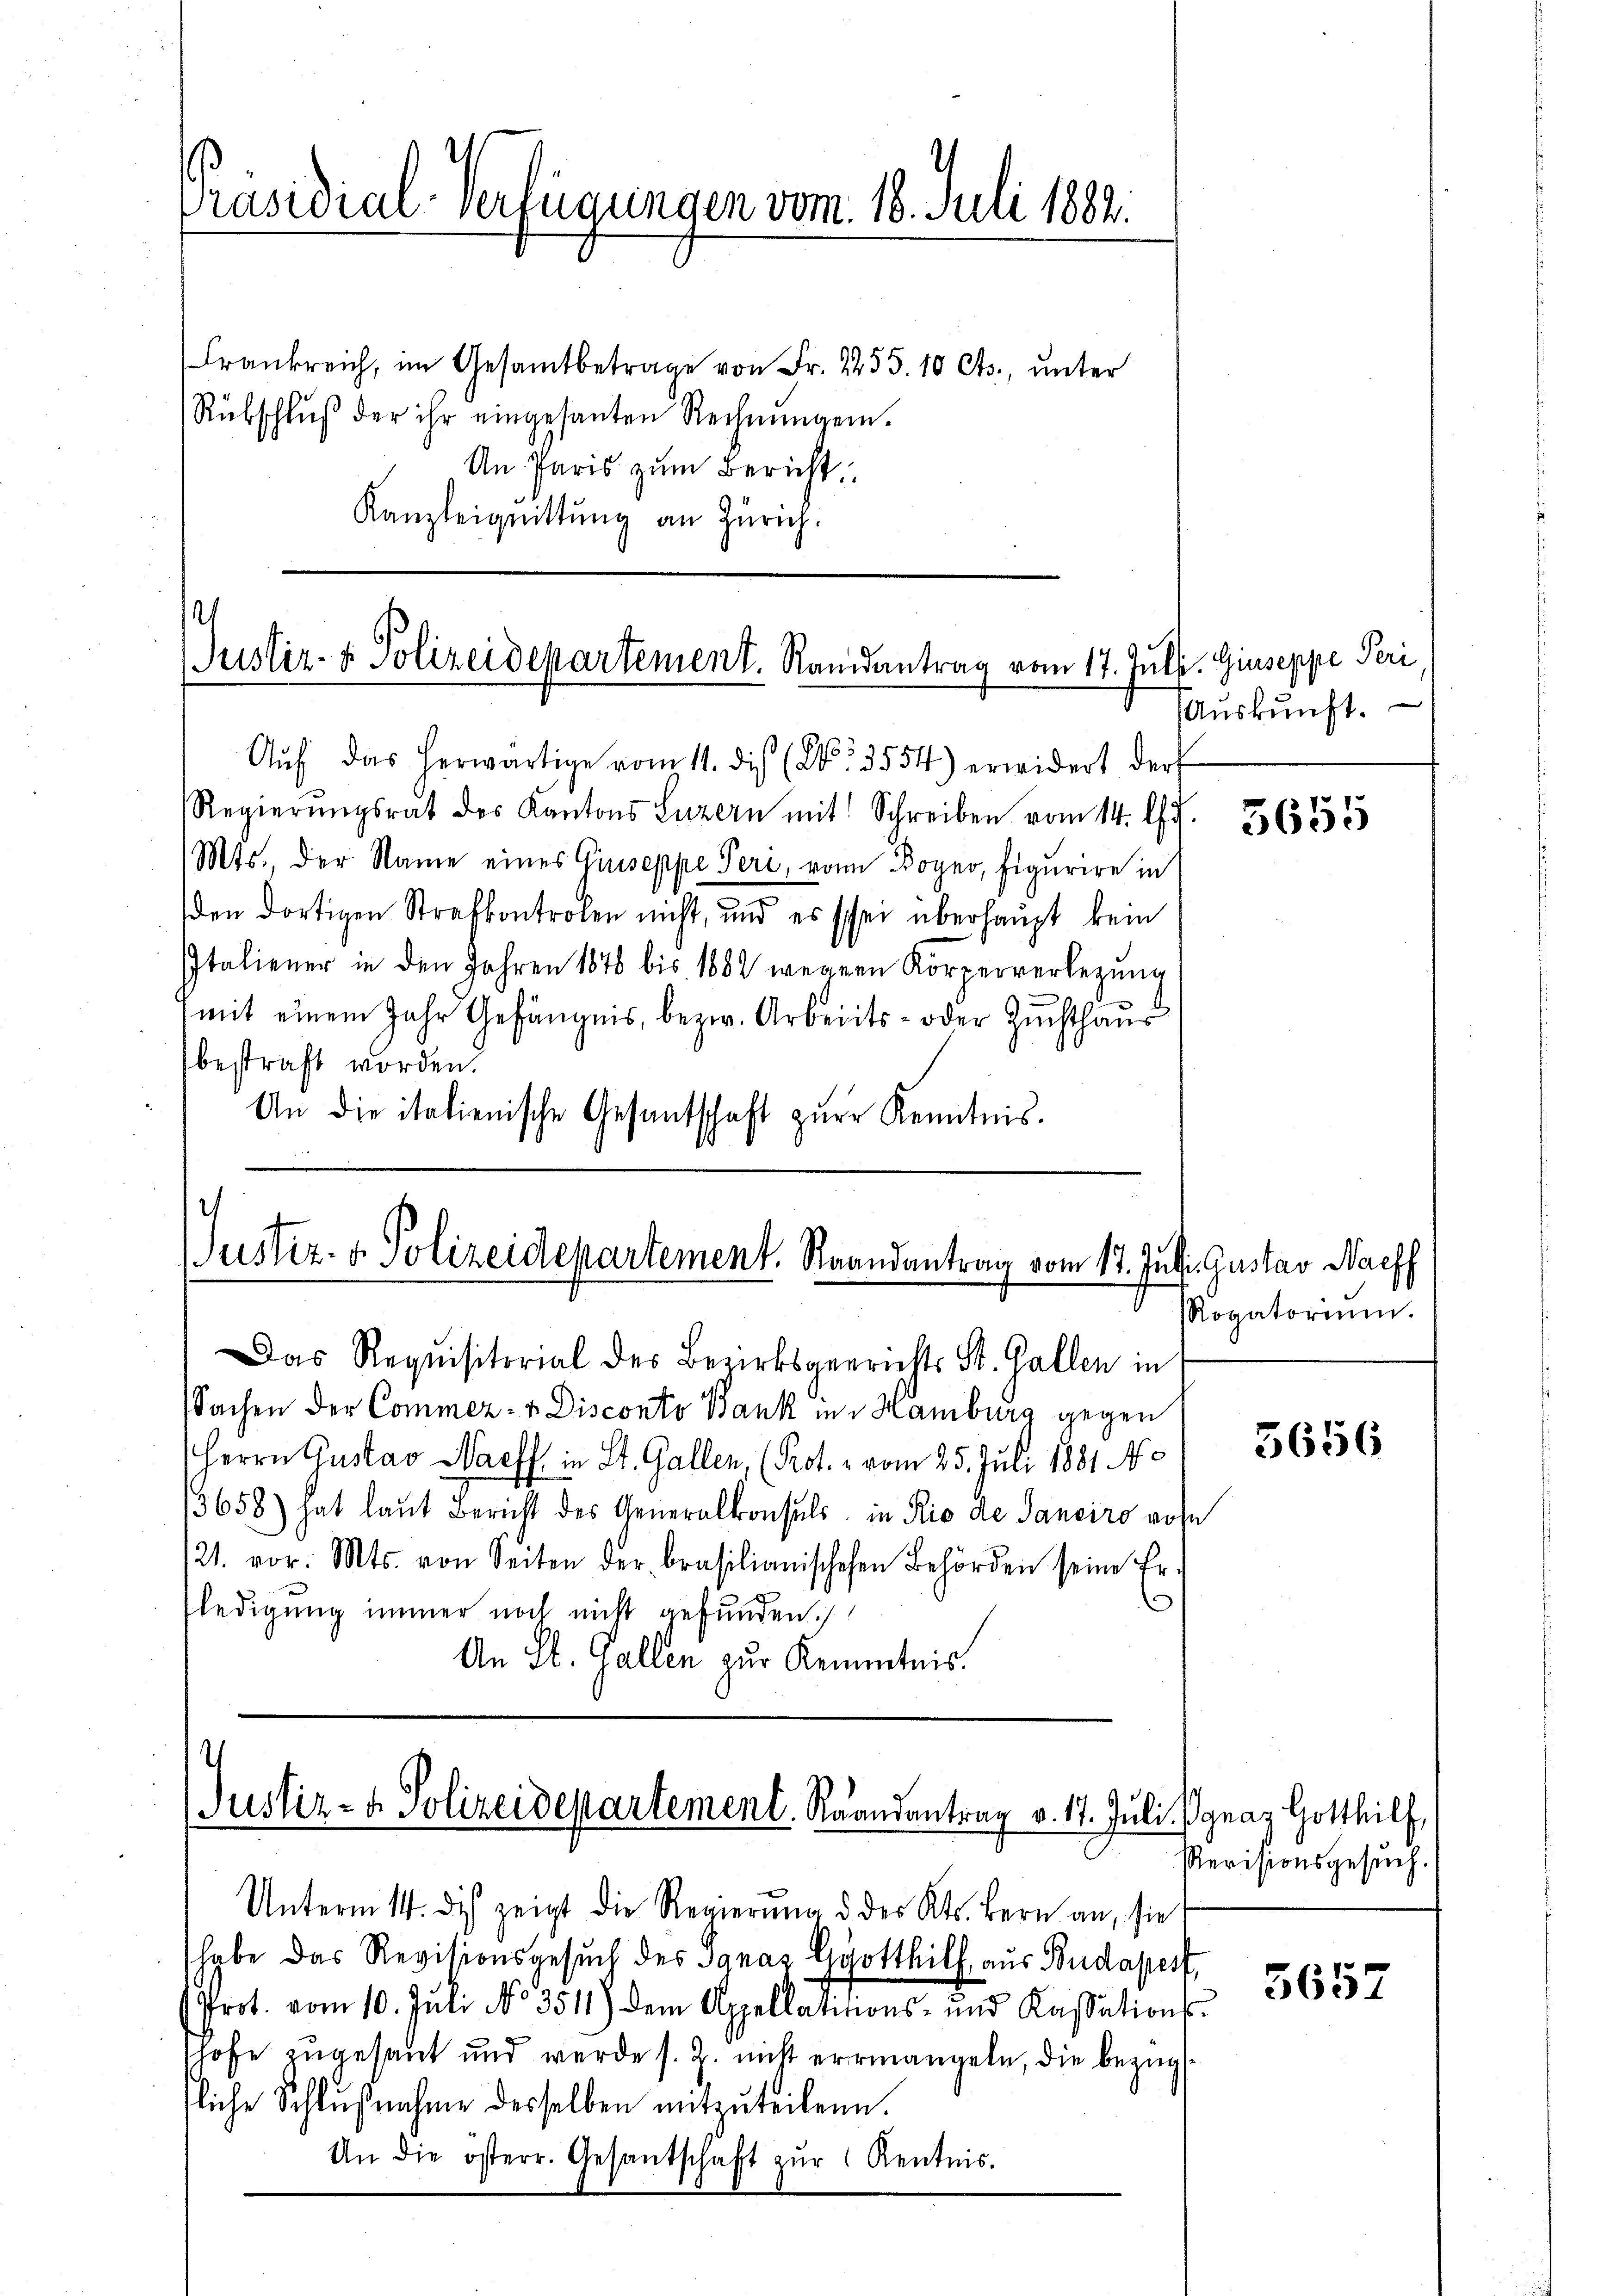
Präsidial-Verfügungen vom 16. Juli 1882.

Frankreich, im Gesamtbetrage von Fr. 1255. 10 Cts., unter
Rübschlŭβ der ihr eingesanten Rechnŭngen.
An Paris zum Bericht
Kanzleignittung an Zürich.

Justiz- & Polizeidepartement. Randantrag vom 17. Juli. Giuseppe Peri

Aŭf das herwärtige vom 11. die (2. 3554) erwidert der
Regierŭngsrat des Kantons Luzern mit Schreiben vom 14. Jul.
Mts., der Name eines Giuseppe Peri, von Bogno, Figurire in
den dortigen Strafkontrolen nicht, und es schon überhaupt kein
IItaliener in den Jahren 1876 bis 1882 wegen Körperverlegŭng
mit einem Jahr Gefängnis, bezw. Arbeits- oder Zuchthaus
bestraft worden.
An die italienische Gesandschaft zur Kenntnis.

Justiz- & Polizeidepartement. Strandantrag vom 17. Juli. Gustav Waff

Das Requisitorial des Bezirksgerichts St. Gallen in
Sachen der Commer- u Disconto Bank in Hamburg gegen
Herrn Gustav Wachs in St. Gallen, (Kot. 2 vom 25. Juli 1881. No
13658) hat laut Bericht des Generalkonsuls in Rio de Sanciro ause
121. vor. Mts. von Seiten der Brasilianischehen Behörden seine Fr.
fledigung immer noch nicht gefunden.
An St. Gallen zur Kenntnis.

.
Justiz- & Polizeidepartement. Raandantrag v. 17. Juli Jgnaz Gotthilf,

Auskunft.

Unterm 14. des zeigt die Regierŭng d. des Kts. Bern an, sie
habe das Revisionsgesuch des Ignaz Gotthilf, aus Budapest,
Prot. vom 10. Jŭli No 3511) dem Appellations- und Kassations-
shofe zugesant und werde s. Z. nicht errmangeln, die bezügsliche Schlußnahme desselben mitzuteilen.
An die österr. Gesandtschaft zŭr Kentnis.

5655

Rogatoriŭm.

5656

Revisionsgesuch.

5657